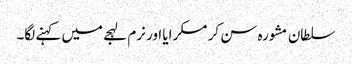
سلطان مشورہ سن کر مسکرایا اور نرم لہجے میں کہنے لگا۔